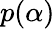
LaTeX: p(\alpha)